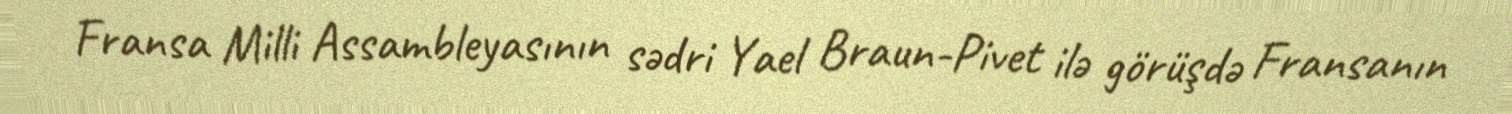
Fransa Milli Assambleyasının sədri Yael Braun-Pivet ilə görüşdə Fransanın